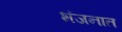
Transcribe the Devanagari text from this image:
भंजनात